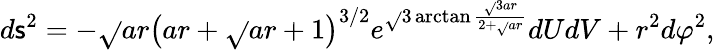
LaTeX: d\mathsf{s}^{2}=-\sqrt{}{{ar}}\left(ar+\sqrt{}{{ar}}+1\right)^{3/2}e^{\sqrt{}{{3}}\arctan\frac{{\sqrt{}{{3ar}}}}{{2+\sqrt{}{{ar}}}}}dUdV+r^{2}d\varphi^{2},